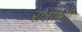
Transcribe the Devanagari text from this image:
राशीशी